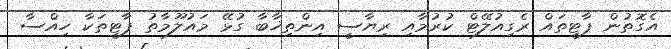
އެގޮތުން ޕާޓީތައް ރެގިއުލޭޓް ކުރުމާއި ރިޔާސީ އިންތިޚާބާ ގުޅޭ މައުލޫމާތު ޕާޓީތަކާ ހިއްސާ